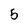
Character: 5